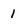
Character: 1